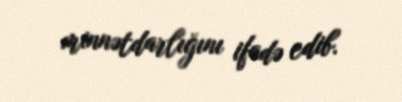
minnətdarlığını ifadə edib.